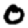
Digit: 0